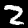
Digit: 2